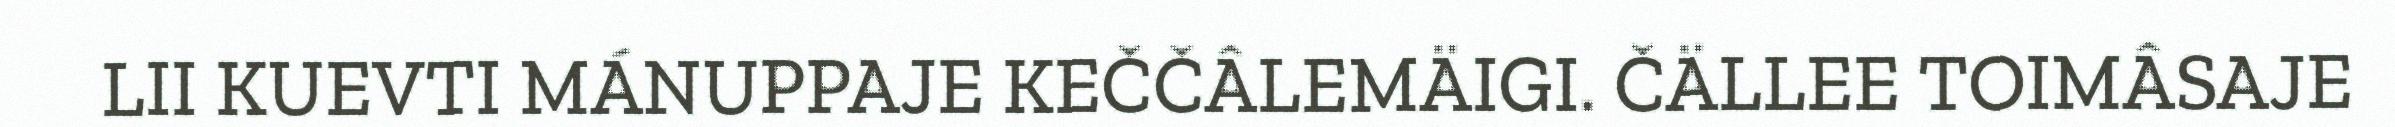
LII KUEVTI MÁNUPPAJE KEČČÂLEMÄIGI. ČÄLLEE TOIMÂSAJE